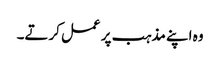
وہ اپنے مذہب پر عمل کرتے۔